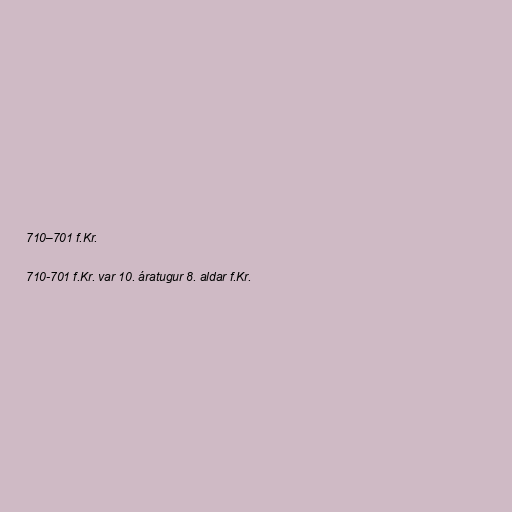
710–701 f.Kr.

710-701 f.Kr. var 10. áratugur 8. aldar f.Kr.